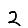
Digit: 2